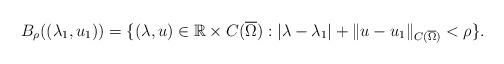
LaTeX: \begin{align*}B_\rho((\lambda_1, u_1)) = \{ (\lambda, u) \in \mathbb{R} \times C(\overline{\Omega}) : |\lambda - \lambda_1| + \| u - u_1 \|_{C(\overline{\Omega})} < \rho \}. \end{align*}